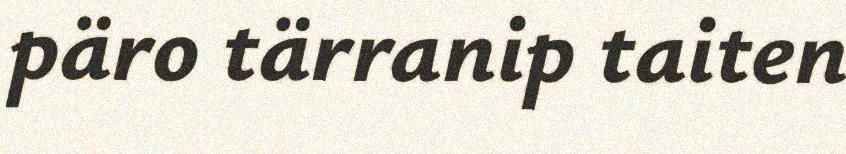
päro tärranip taiten